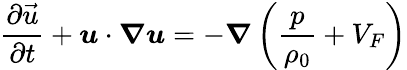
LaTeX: \frac{\partial\vec{u}}{\partial t}+\boldsymbol{u}\cdot\boldsymbol{\nabla}\boldsymbol{u}=-\boldsymbol{\nabla}\left(\frac{p}{\rho_{0}}+V_{F}\right)